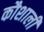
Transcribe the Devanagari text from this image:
कौशाली